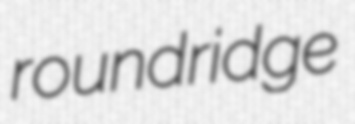
roundridge